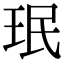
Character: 珉